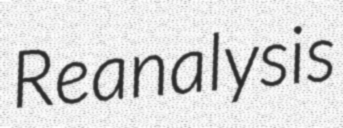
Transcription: Reanalysis